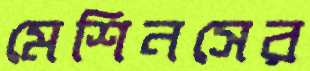
মেশিনসের